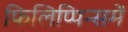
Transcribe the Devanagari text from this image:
फिलिप्पिन्समें